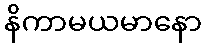
နိကာမယမာနော